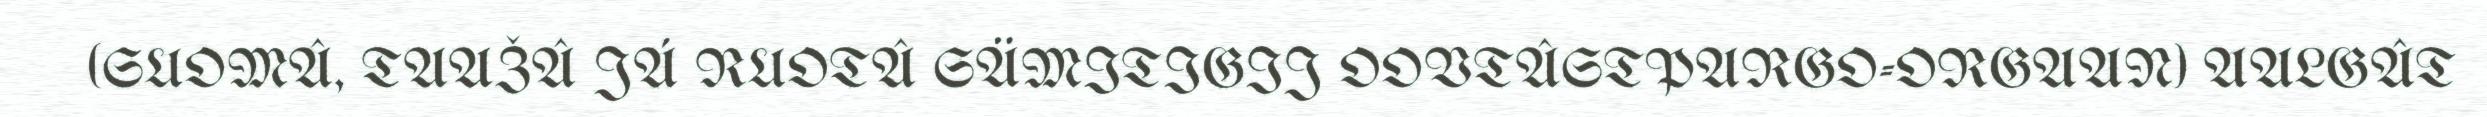
(SUOMÂ, TAAŽÂ JÁ RUOTÂ SÄMITIGIJ OOVTÂSTPARGO-ORGAAN) AALGÂT